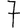
Digit: 7